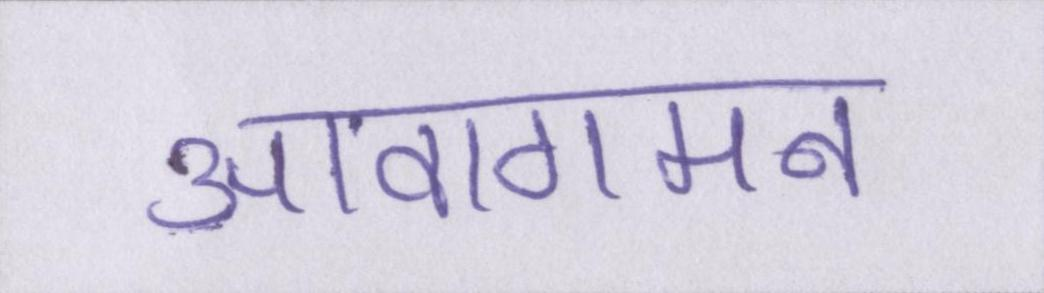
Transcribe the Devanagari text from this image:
आवागमन